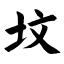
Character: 坟